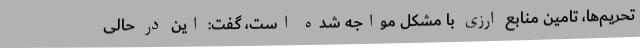
تحریم‌ها، تامین منابع ارزی با مشکل مواجه شده است، گفت: این در حالی